Vaccination in Bombay 1889-1901 - 1889-1901
Year: 1889
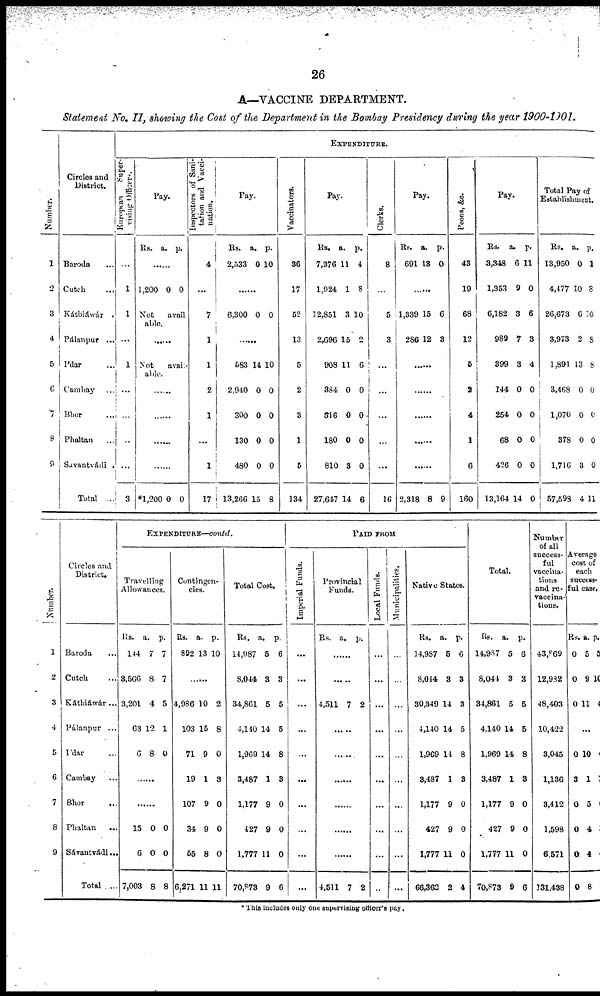
26
A—VACCINE DEPARTMENT.
Statement No. II, showing the Cost of the Department in the Bombay Presidency during the year 1900-1901.
Number.
1
2
3
4
5
6
7
8
9
Circles and
District.
Baroda ...
Cutch ...
Káthiáwár .
Pálanpur ...
I'dar ...
Cambay ...
Bhor ...
Phaltan ...
Savantvádi .
Total ...
EXPENDITURE.
European
Super-
vising Officers.
...
1
1
...
1
...
...
...
...
3
Pay.
Rs. a. p.
......
1,200 0 0
Not
avail
able.
......
Not
avail-
able.
......
......
......
......
*1,200 0 0
Inspectors of Sani-
tation and Vacci-
nation.
4
...
7
1
1
2
1
...
1
17
Pay.
Rs.
2,533
a.
0
p.
10
......
6,300 0 0
......
583
2,940
300
130
480
13,266
14
0
0
0
0
15
10
0
0
0
0
8
Vaccinators.
36
17
52
13
5
2
3
1
5
134
Pay.
Rs.
7,376
1,924
12,851
2,696
908
384
516
180
810
27,647
a.
11
1
3
15
11
0
0
0
3
14
p.
4
8
10
2
6
0
0
0
0
6
Clerks.
8
...
5
3
...
...
...
...
...
16
Pay.
RS.
691
a.
13
p.
0
......
1,339
286
15
12
6
3
......
......
......
......
......
2,318 8 9
Peons, &c.
43
19
68
12
5
2
4
1
6
160
Pay.
Rs.
3,348
1,353
6,182
989
399
144
254
68
426
13,164
a
6
9
3
7
3
0
0
0
0
14
p.
11
0
6
3
4
0
0
0
0
0
Total Pay of
Establishment.
Rs.
13,950
4,477
26,673
3,973
1,891
3,468
1,070
378
1,716
57,598
a.
0
10
6
2
13
0
0
0
3
4
p.
1
8
10
8
8
0
0
0
0
11
Number.
1
2
3
4
5
6
7
8
9
Circles and
District.
Baroda ...
Cutch ...
Káthiáwár ...
Pálanpur ...
I'dar
Cambay ...
Bhor ...
Phaltan ...
Sávantvádi...
Total .....
EXPENDITURE—contd.
Travelling
Allowances.
Rs.
144
8,566
3,201
63
6
a.
7
8
4
12
8
p.
7
7
5
1
0
......
......
15
6
7,003
0
0
8
0
0
8
Contingen-
cies.
Rs.
892
a.
13
p.
10
......
4,986
103
71
19
107
34
55
6,271
10
15
9
1
9
9
8
11
2
8
0
3
0
0
0
11
Total Cost.
Rs.
14,987
8,044
34,861
4,140
1,969
3,487
1,177
427
1,777
70,873
a.
5
3
5
14
14
1
9
9
11
9
p.
6
3
5
5
8
3
0
0
0
6
PAID FROM
Imperial Funds.
...
...
...
...
...
...
...
...
...
...
Provincial
Funds.
Rs. a. p.
......
......
4,511 7 2
......
......
......
......
......
......
4,511 7 2
Local Funds.
...
...
...
...
...
...
...
...
...
...
Municipalities.
...
...
...
...
...
...
...
...
...
...
Native States.
Rs.
14,987
8,044
30,349
4,140
1,969
3,487
1,177
427
1,777
66,362
a.
5
3
14
14
14
1
9
9
11
2
p.
6
3
3
5
8
3
0
0
0
4
Total.
Rs.
14,987
8,044
34,861
4,140
1,969
3,487
1,177
427
1,777
70,873
a.
5
3
5
14
14
1
9
9
11
9
p.
6
3
5
5
8
3
0
0
0
6
Number
of all
success-
ful
vaccina-
tions
and re-
vaccina-
tions.
43,869
12,932
48,403
10,422
3,045
1,136
3,412
1,598
6,571
131,438
average
cost of
each
success-
ful case.
Rs.
0
0
0
a.
5
9
11
p.
5
10
4
...
0
3
0
0
0
0
10
1
5
4
4
8
0
1
0
0
0
* This includes only one supervising officer's pay.